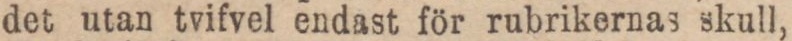
det utan tvifvel endast för rubrikernas skull,